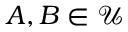
A , B \in { \mathcal { U } }